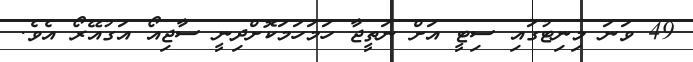
49 ވަނަ މިނިޓުގައި ސިޓީ އަށް ނަތީޖާ ހަމަހަމަކޮށްދިނީ ސާޖިއޯ އަގުއޭރޯ އެވެ.